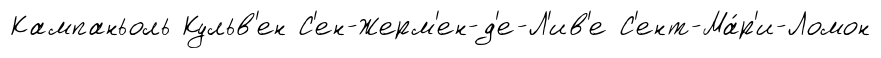
Кампаньоль Кульв'ен С'ен-Жерм'ен-д'е-Л'ив'е С'ент-Ма́р'и-Ломон